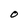
Character: 0